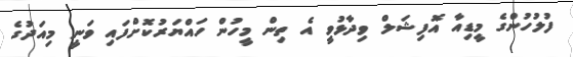
ފުލުހުންގެ މީޑިއާ އޮފިޝަލް ވިދާޅުވީ އެ ތިން މީހުން ހައްޔަރުކޮށްފައި ވަނީ މިއަދުގެ